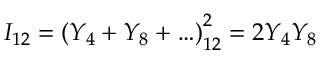
I _ { 1 2 } = \left( Y _ { 4 } + Y _ { 8 } + \ldots \right) _ { 1 2 } ^ { 2 } = 2 Y _ { 4 } Y _ { 8 }